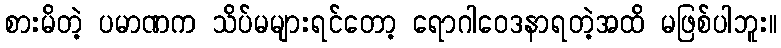
စားမိတဲ့ ပမာဏက သိပ်မများရင်တော့ ရောဂါဝေဒနာရတဲ့အထိ မဖြစ်ပါဘူး။